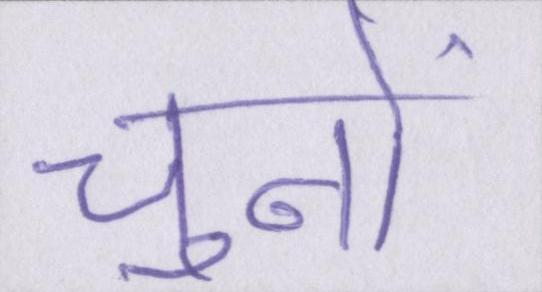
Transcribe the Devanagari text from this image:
चुनो